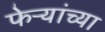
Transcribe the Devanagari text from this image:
फेऱ्यांच्या